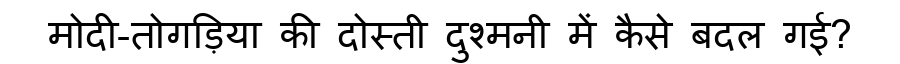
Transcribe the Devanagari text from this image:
मोदी-तोगड़िया की दोस्ती दुश्मनी में कैसे बदल गई?